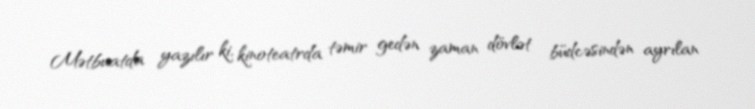
Mətbuatda yazılır ki, kinoteatrda təmir gedən zaman dövlət büdcəsindən ayrılan